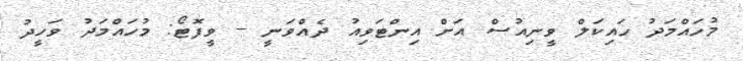
މުހައްމަދު ހައިކަލް ވީނިއުސް އަށް އިންޓަވިއު ދެއްވަނީ -- ވީފޮޓޯ: މުހައްމަދު ވަހީދު